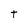
Character: t